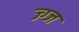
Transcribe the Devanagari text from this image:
ज्ग्ज